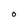
Character: O